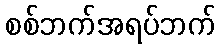
စစ်ဘက်အရပ်ဘက်